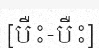
[បឺះ-បឺះ]